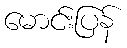
မောင်းပြန်